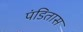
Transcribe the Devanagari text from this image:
पंडितास